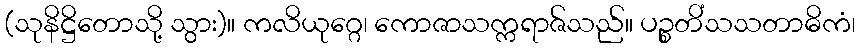
(သုနိဋ္ဌိတောသို့ သွား)။ ကလိယုဂ္ဂေ၊ ကောဇာသက္ကရာဇ်သည်။ ပဉ္စတိံသသတာဓိကံ၊